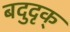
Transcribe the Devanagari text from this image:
बदुदृक्